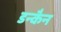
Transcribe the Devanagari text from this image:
डन्कैन